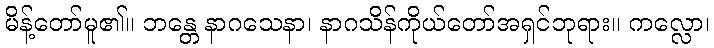
မိန့်တော်မူ၏။ ဘန္တေ နာဂသေနာ၊ နာဂသိန်ကိုယ်တော်အရှင်ဘုရား။ ကလ္လော၊